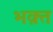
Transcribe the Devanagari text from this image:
भक़्त